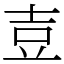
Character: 壴